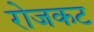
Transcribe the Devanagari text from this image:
रोजकट